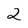
Character: 2